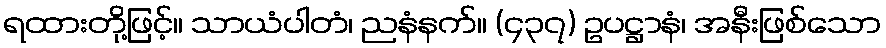
ရထားတို့ဖြင့်။ သာယံပါတံ၊ ညနံနက်။ (၄၃၇) ဥပဋ္ဌာနံ၊ အနီးဖြစ်သော